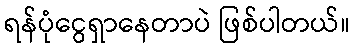
ရန်ပုံငွေရှာနေတာပဲ ဖြစ်ပါတယ်။